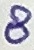
Text: 8